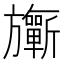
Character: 𣄨